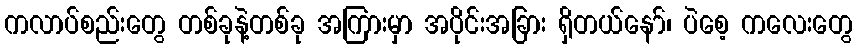
ကလာပ်စည်းတွေ တစ်ခုနဲ့တစ်ခု အကြားမှာ အပိုင်းအခြား ရှိတယ်နော်၊ ပဲစေ့ ကလေးတွေ